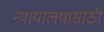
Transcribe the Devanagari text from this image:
न्यायालयासाठी